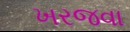
ખરજવા